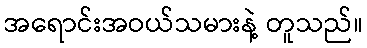
အရောင်းအဝယ်သမားနဲ့ တူသည်။